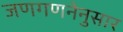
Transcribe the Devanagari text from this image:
जणगणनेनुसार